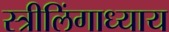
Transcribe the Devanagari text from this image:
स्त्रीलिंगाध्याय